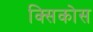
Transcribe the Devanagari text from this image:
क्सिकोस